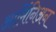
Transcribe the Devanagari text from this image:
आर्मिनिअन